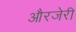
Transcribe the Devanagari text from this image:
औरजेरी